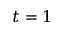
t = 1